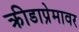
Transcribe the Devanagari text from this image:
क्रीडाप्रेमावर